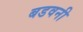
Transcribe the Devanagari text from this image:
बडवनी